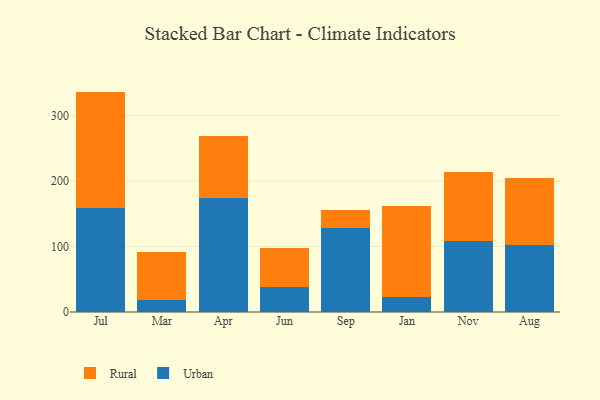
{"axis": {"x": "Month", "y": "Inventory Turnover"}, "legend": ["Rural", "Urban"], "data": [{"x": "Jul", "y": 158.6, "type": "Urban"}, {"x": "Jul", "y": 178.2, "type": "Rural"}, {"x": "Mar", "y": 18.1, "type": "Urban"}, {"x": "Mar", "y": 74.0, "type": "Rural"}, {"x": "Apr", "y": 174.7, "type": "Urban"}, {"x": "Apr", "y": 94.4, "type": "Rural"}, {"x": "Jun", "y": 38.0, "type": "Urban"}, {"x": "Jun", "y": 59.2, "type": "Rural"}, {"x": "Sep", "y": 127.7, "type": "Urban"}, {"x": "Sep", "y": 27.5, "type": "Rural"}, {"x": "Jan", "y": 22.4, "type": "Urban"}, {"x": "Jan", "y": 139.9, "type": "Rural"}, {"x": "Nov", "y": 107.8, "type": "Urban"}, {"x": "Nov", "y": 105.9, "type": "Rural"}, {"x": "Aug", "y": 102.8, "type": "Urban"}, {"x": "Aug", "y": 101.5, "type": "Rural"}]}